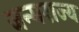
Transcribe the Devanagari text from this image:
जन्मराज्य